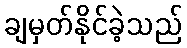
ချမှတ်နိုင်ခဲ့သည်